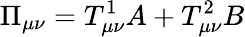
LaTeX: \Pi_{\mu\nu}=T_{\mu\nu}^{1}A+T_{\mu\nu}^{2}B